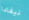
نيفادا